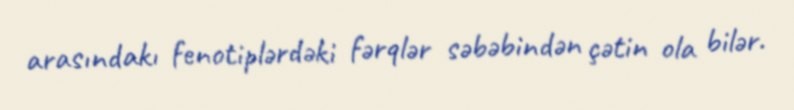
arasındakı fenotiplərdəki fərqlər səbəbindən çətin ola bilər.